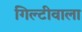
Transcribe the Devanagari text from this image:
गिल्टीवाला